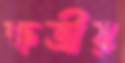
ক্ষত্রীয়